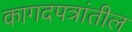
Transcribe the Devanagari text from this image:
कागदपत्रांतील